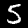
Digit: 5